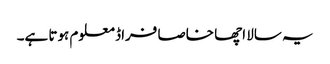
یہ سالا اچھا خاصا فراڈ معلوم ہوتا ہے۔